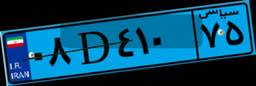
۰۳D۳۶۴۵۱